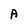
Character: A